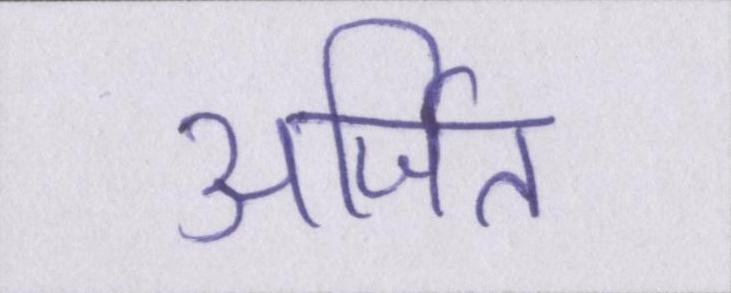
अर्जित